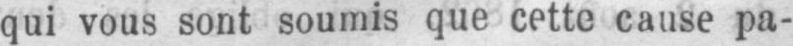
qui vous sont soumis que cette cause pa-